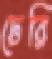
ঢেরি